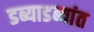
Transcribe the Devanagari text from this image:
डब्याडब्यांत